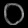
Digit: ၀